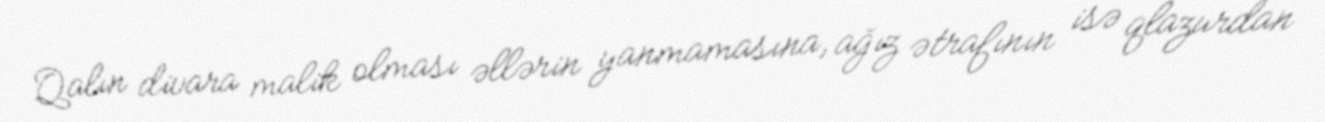
Qalın divara malik olması əllərin yanmamasına, ağız ətrafının isə qlazurdan